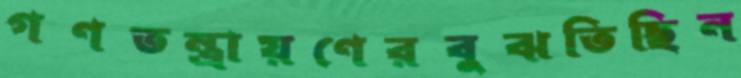
গণতন্ত্রায়ণেরবুঝতিছিন